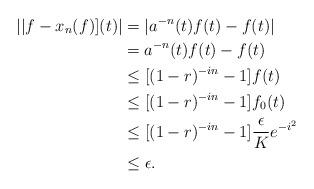
LaTeX: \begin{align*}||f-x_n(f)](t)|&=|a^{-n}(t)f(t)-f(t)|\\&=a^{-n}(t)f(t)-f(t)\\& \leq [(1-r)^{-in}-1]f(t)\\& \leq [(1-r)^{-in}-1]f_0(t)\\& \leq [(1-r)^{-in}-1]\frac{\epsilon}{K} e^{-i^2}\\&\leq\epsilon.\end{align*}